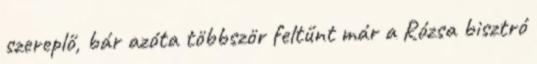
szereplő, bár azóta többször feltűnt már a Rózsa bisztró